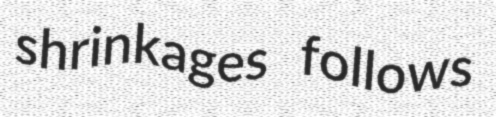
shrinkages follows